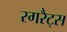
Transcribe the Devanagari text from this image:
रगरैट्स